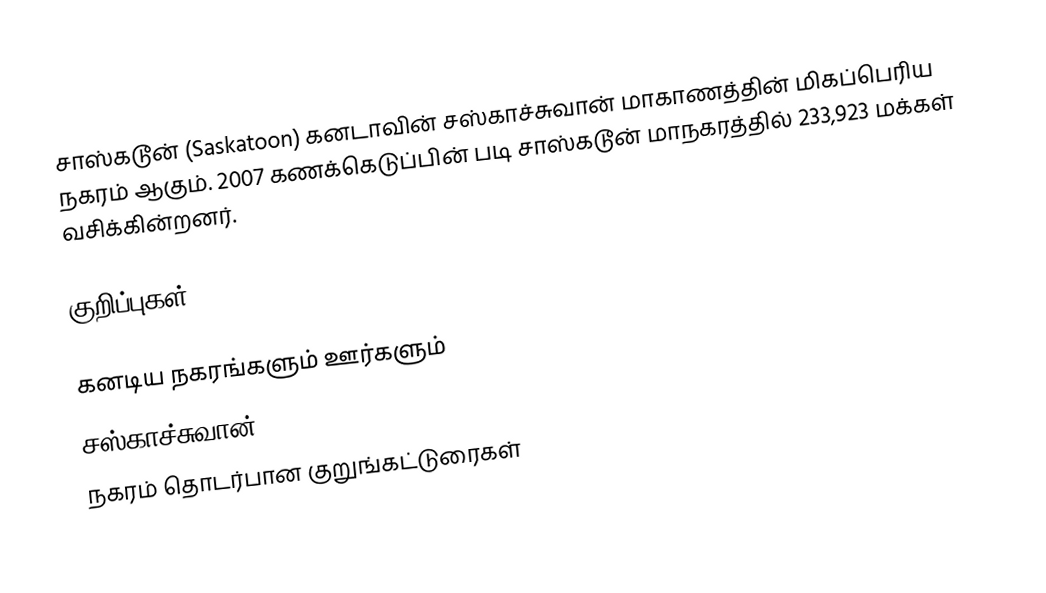
சாஸ்கடூன் (Saskatoon) கனடாவின் சஸ்காச்சுவான் மாகாணத்தின் மிகப்பெரிய நகரம் ஆகும். 2007 கணக்கெடுப்பின் படி சாஸ்கடூன் மாநகரத்தில் 233,923 மக்கள் வசிக்கின்றனர்.

குறிப்புகள்

கனடிய நகரங்களும் ஊர்களும்
சஸ்காச்சுவான்
நகரம் தொடர்பான குறுங்கட்டுரைகள்